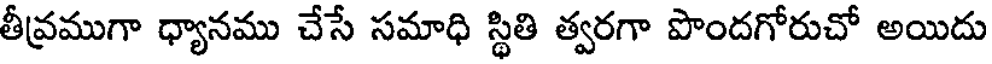
తీవ్రముగా ధ్యానము చేసే సమాధి స్థితి త్వరగా పొందగోరుచో అయిదు